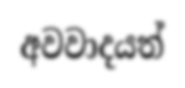
අවවාදයත්